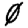
Digit: 0